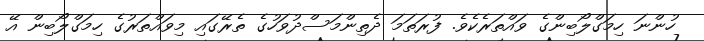
ހުންނަ ހިމަގްލޯބިންގެ ވައްތަރެކެވެ. ފުރަތަމަ ދެތިންމަސްދުވަހުގެ ތެރޭގައި މިވައްތަރުގެ ހިމަގްލޯބިން އޭ